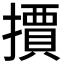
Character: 𭢤